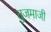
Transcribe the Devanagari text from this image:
तुजमाजी